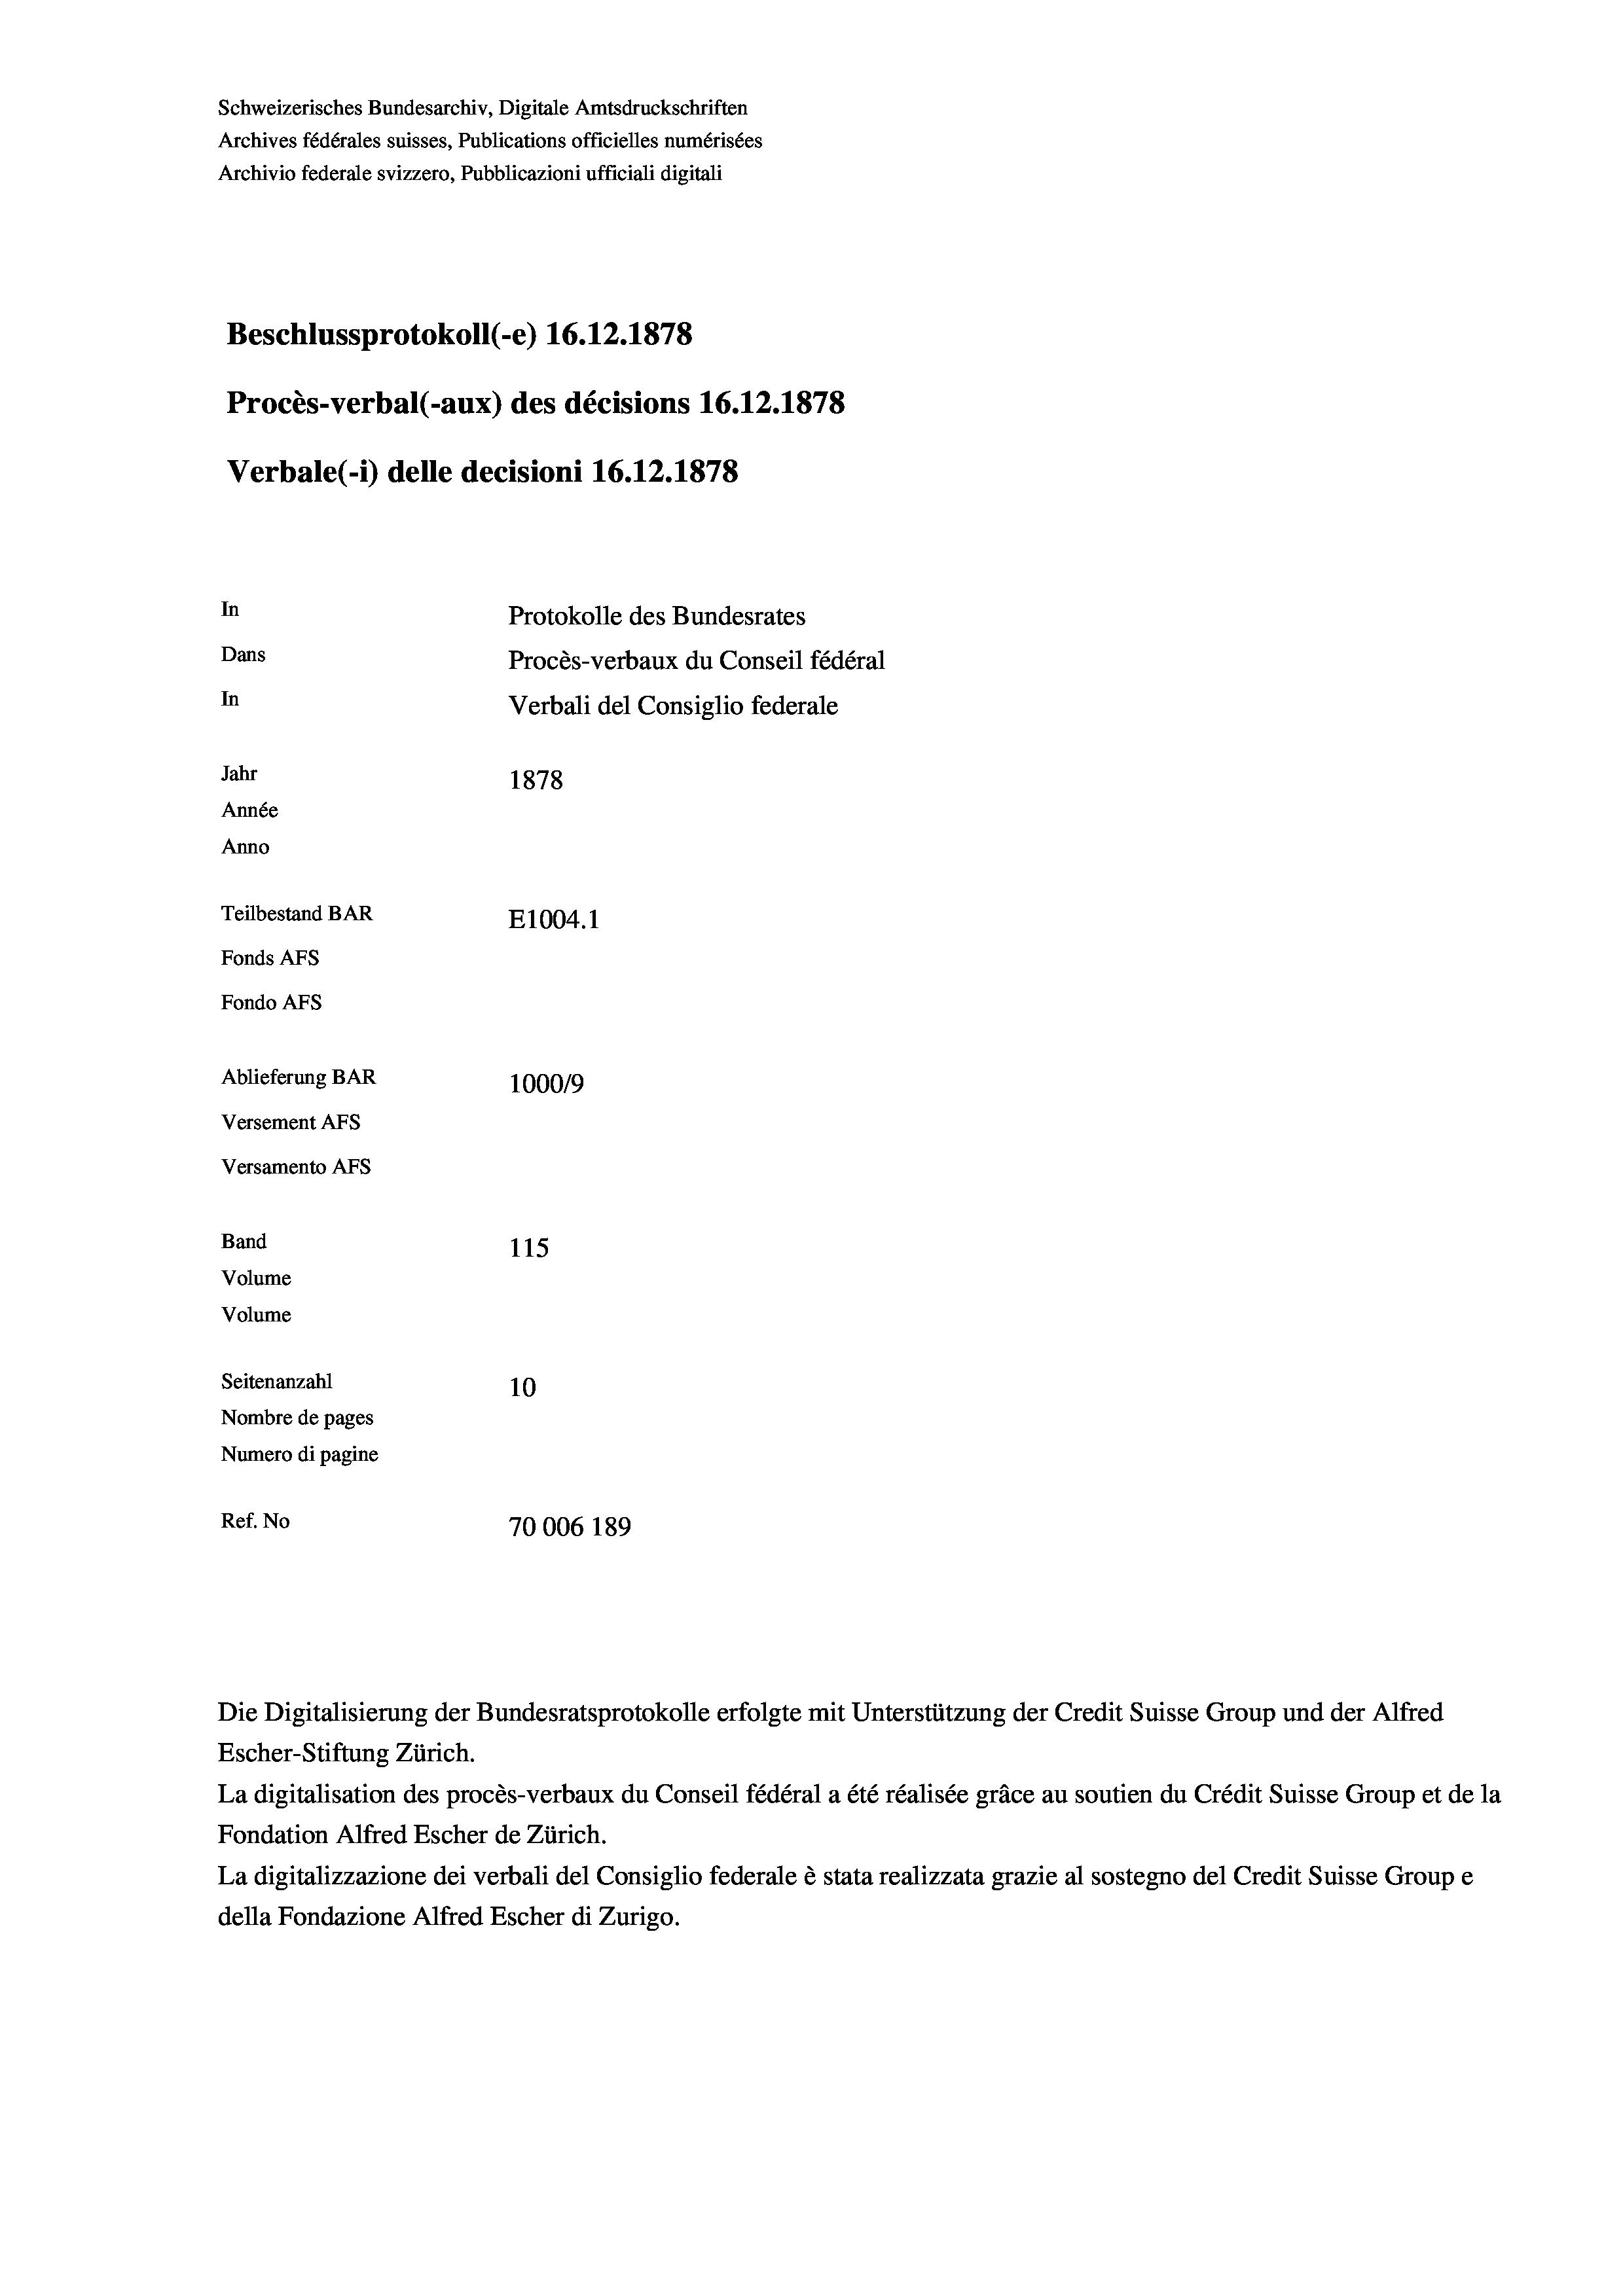
Schweizerisches Bundesarchiv, Digitale Amtsdruckschriften
Archives fédérales suisses, Publications officielles numérisées
Archivio federale svizzero, Pubblicazioni ufficiali digitali
Beschlussprotokoll (-e) 16.12.1878
Procès-verbal (-aux) des décisions 16.12.1878
Verbale(1) delle decisioni 16.12.1878
In
Protokolle des Bundesrates
Dans
Procès-verbaux du Conseil fédéral
In
Verbali del Consiglio federale
Jahr
1878
Année
Anno
Teilbestand BAR
E1004.1
Fonds AFs
Fondo AFs
Ablieferung BAR
100019
Versement AFS
Versamento Afs
Band
115
Volume
Volume
Seitenanzahl
10
Nombre de pages
Numero di pagine
Ref. No
70006 189

Escher-Stiftung Zürich.
La digitalisation des procès-verbaux du Conseil fédéral a été réalisée gräce au soutien du Crédit Suisse Group et de la
Fondation Alfred Escher de Zürich.
La digitalizzazione dei verbali del Consiglio federale è stata realizzata grazie al sostegno del Credit Suisse Groupe
della Fondazione Alfred Escher di Zurigo.

Die Digitalisierung der Bundesratsprotokolle erfolgte mit Unterstützung der Credit Suisse Group und der Alfred